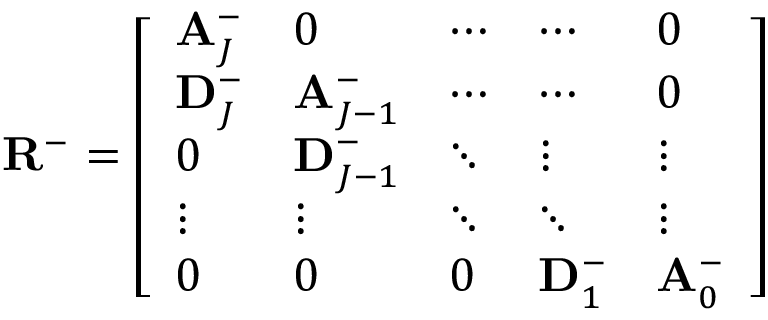
\mathbf { R } ^ { - } = \left[ \begin{array} { l l l l l } { \mathbf { A } _ { J } ^ { - } } & { 0 } & { \cdots } & { \cdots } & { 0 } \\ { \mathbf { D } _ { J } ^ { - } } & { \mathbf { A } _ { J - 1 } ^ { - } } & { \cdots } & { \cdots } & { 0 } \\ { 0 } & { \mathbf { D } _ { J - 1 } ^ { - } } & { \ddots } & { \vdots } & { \vdots } \\ { \vdots } & { \vdots } & { \ddots } & { \ddots } & { \vdots } \\ { 0 } & { 0 } & { 0 } & { \mathbf { D } _ { 1 } ^ { - } } & { \mathbf { A } _ { 0 } ^ { - } } \end{array} \right]